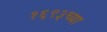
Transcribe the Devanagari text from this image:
१६९३च्या